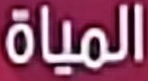
المياه